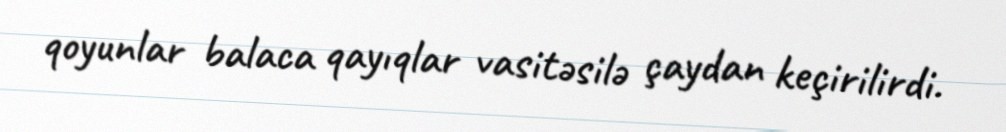
qoyunlar balaca qayıqlar vasitəsilə çaydan keçirilirdi.